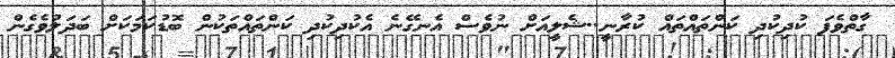
ގާތްވެފަ ކުދިކުދި ކަންތައްތައް ކުރާނީ..ޝެލީއަށް ނުވެސް އެނގޭނެ އެކުދިކުދި ކަންތައްތަކުން ބޮޑުކަމަކަށް ބަދަލުވެގެން